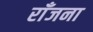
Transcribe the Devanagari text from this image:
राँजना